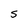
Character: S